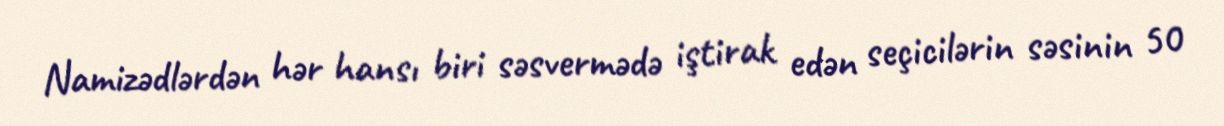
Namizədlərdən hər hansı biri səsvermədə iştirak edən seçicilərin səsinin 50